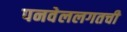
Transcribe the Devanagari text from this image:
पनवेललगतची